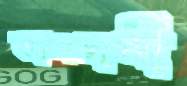
ভাগচাষী